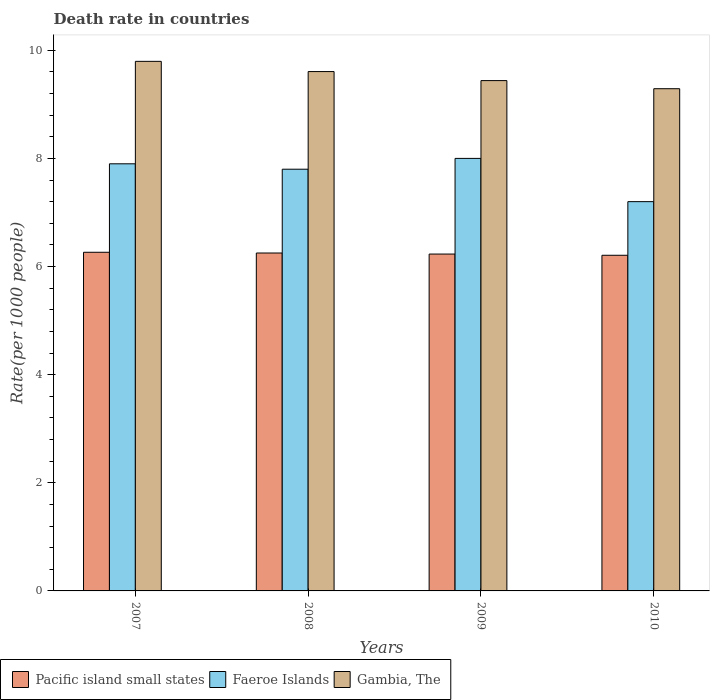
| Years | Pacific island small states | Faeroe Islands | Gambia, The |
 | --- | --- | --- | --- |
 | 2007 | 6.26 | 7.9 | 9.79 |
 | 2008 | 6.25 | 7.8 | 9.61 |
 | 2009 | 6.23 | 8 | 9.44 |
 | 2010 | 6.21 | 7.2 | 9.29 |